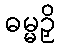
ဓမ္မဉှိ